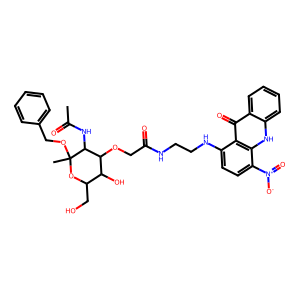
SMILES: CC(=O)NC1C(OCC(=O)NCCNc2ccc([N+](=O)[O-])c3[nH]c4ccccc4c(=O)c23)C(O)C(CO)OC1(C)OCc1ccccc1
Inhibits HIV replication: No